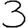
Digit: 3